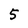
Character: 5